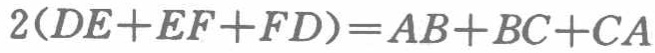
\(2(DE + EF + FD)=AB + BC + CA\)